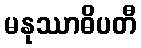
မနုဿာဓိပတီ